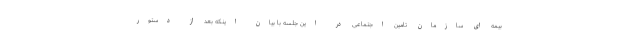
بیمه ای سازمان تامین اجتماعی در این جلسه با بیان اینکه بعد از دستور